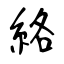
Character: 絡